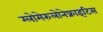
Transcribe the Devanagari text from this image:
ग्लोमेरुलोनेफ्राइटिस